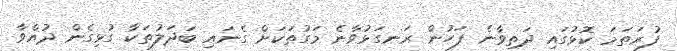
ފުރަތަމަ ކޮޅުގައި ދަތިވާނެ ފަހުން ރަނގަޅުވާނެ މަގުތަކަށް ގެނައި ބަދަލުތަކާ ގުޅިގެން ދުއްވާ